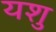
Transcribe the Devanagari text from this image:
यशु